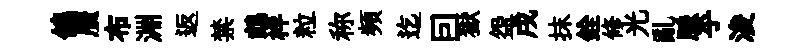
鴿贋布淵返禁鵡柈粒称頻迄囙獄盌戌抹銓修光亂脈乎浚